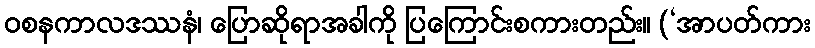
ဝစနကာလဒဿနံ၊ ပြောဆိုရာအခါကို ပြကြောင်းစကားတည်း။ (‘အာပတ်ကား